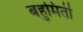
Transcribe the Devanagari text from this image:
बहुमिती